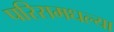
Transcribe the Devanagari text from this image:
परिसमधल्या